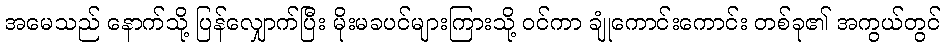
အမေသည် နောက်သို့ ပြန်လျှောက်ပြီး မိုးမခပင်များကြားသို့ ဝင်ကာ ချုံကောင်းကောင်း တစ်ခု၏ အကွယ်တွင်